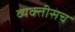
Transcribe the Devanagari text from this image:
व्यक्तीसच